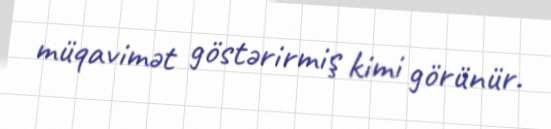
müqavimət göstərirmiş kimi görünür.